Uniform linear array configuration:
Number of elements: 4
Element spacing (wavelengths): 0.75
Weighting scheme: kaiser
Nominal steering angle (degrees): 0
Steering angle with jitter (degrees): -0.478
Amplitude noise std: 0.05
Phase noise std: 0.05

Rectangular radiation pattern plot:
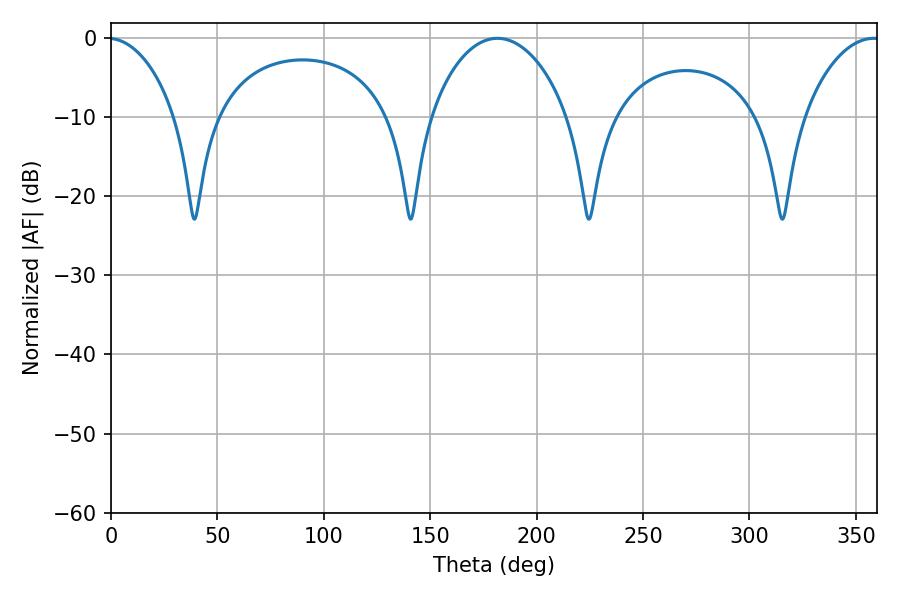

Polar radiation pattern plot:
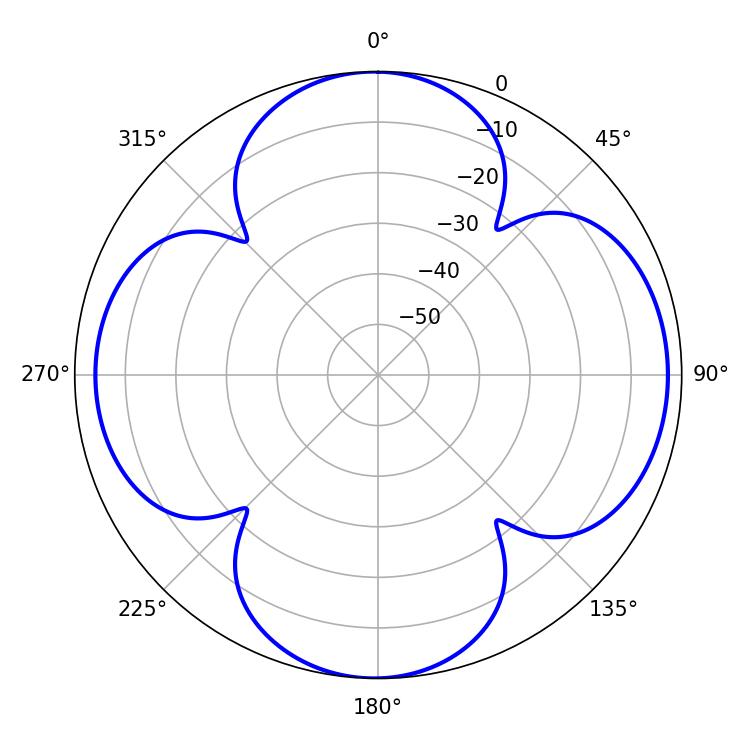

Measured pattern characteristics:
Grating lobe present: TRUE
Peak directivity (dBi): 12.054
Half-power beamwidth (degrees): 20.34
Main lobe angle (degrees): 358.38